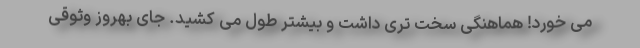
مى خورد! هماهنگى سخت ترى داشت و بيشتر طول مى كشيد. جاى بهروز وثوقى